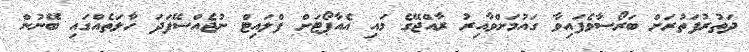
ދަތުރުފަތުރަށް ބަރޯސާވެފައިވާ ގައުމަށްވާއިރު ރާއްޖޭގެ މައި އެއާޕޯޓަށް ފްލައިޓް ނުޖެއްސޭފަދަ ހާލަތެއްގައި ބޭނުން